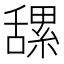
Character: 𦧲